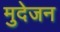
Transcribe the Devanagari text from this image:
मुदेजन